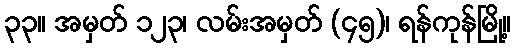
၃၃။ အမှတ် ၁၂၃၊ လမ်းအမှတ် (၄၅)၊ ရန်ကုန်မြို့။